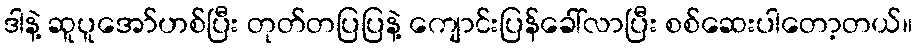
ဒါနဲ့ ဆူပူအော်ဟစ်ပြီး တုတ်တပြပြနဲ့ ကျောင်းပြန်ခေါ်လာပြီး စစ်ဆေးပါတော့တယ်။